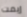
إيمت